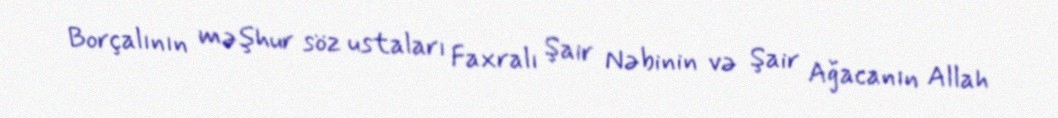
Borçalının məşhur söz ustaları Faxralı Şair Nəbinin və Şair Ağacanın Allah